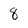
Character: 8